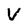
Character: V